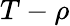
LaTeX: T-\rho